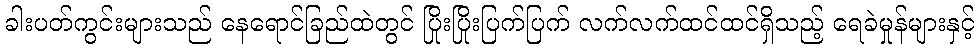
ခါးပတ်ကွင်းများသည် နေရောင်ခြည်ထဲတွင် ပြိုးပြိုးပြက်ပြက် လက်လက်ထင်ထင်ရှိသည့် ရေခဲမှုန်များနှင့်